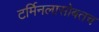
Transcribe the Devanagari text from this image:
टर्मिनलासोबतच